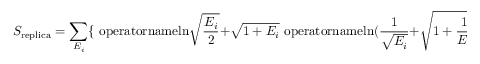
S _ { \mathrm { r e p l i c a } } = \sum _ { E _ { i } } \{ \mathrm { \ o p e r a t o r n a m e { l n } } \sqrt { { \frac { E _ { i } } { 2 } } } + \sqrt { 1 + E _ { i } } \mathrm { \ o p e r a t o r n a m e { l n } } ( { \frac { 1 } { \sqrt { E _ { i } } } } + \sqrt { 1 + { \frac { 1 } { E _ { i } } } } ) \}